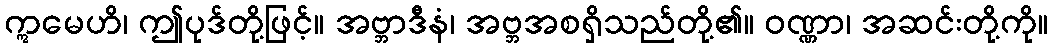
ဣမေဟိ၊ ဤပုဒ်တို့ဖြင့်။ အဗ္ဘာဒီနံ၊ အဗ္ဘအစရှိသည်တို့၏။ ဝဏ္ဏာ၊ အဆင်းတို့ကို။